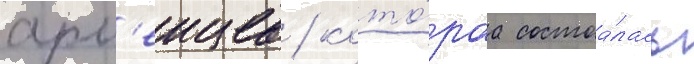
арм'еицев / кото́раа состоа́лась